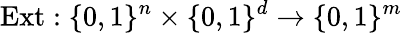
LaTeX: {\mathrm{Ext}}:\{ 0,1\} ^{n}\times\{ 0,1\} ^{d}\to\{ 0,1\} ^{m}